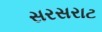
સરસરાટ